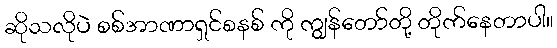
ဆိုသလိုပဲ စစ်အာဏာရှင်စနစ် ကို ကျွန်တော်တို့ တိုက်နေတာပါ။